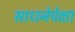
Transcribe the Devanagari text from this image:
साधनेपेक्षा